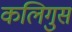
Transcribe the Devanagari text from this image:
कलिगुस